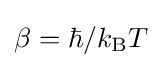
\beta =\hbar /k_{\rm {B}}T